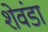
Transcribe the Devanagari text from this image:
शेवंडा